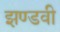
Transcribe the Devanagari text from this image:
झण्डवी